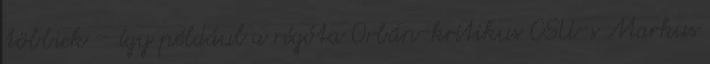
többiek – így például a régóta Orbán-kritikus CSU-s Markus